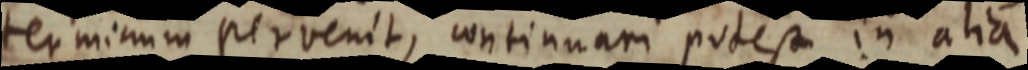
terminum pervenit, continuari potest in alia